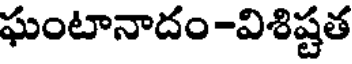
ఘంటానాదం -విశిష్టత